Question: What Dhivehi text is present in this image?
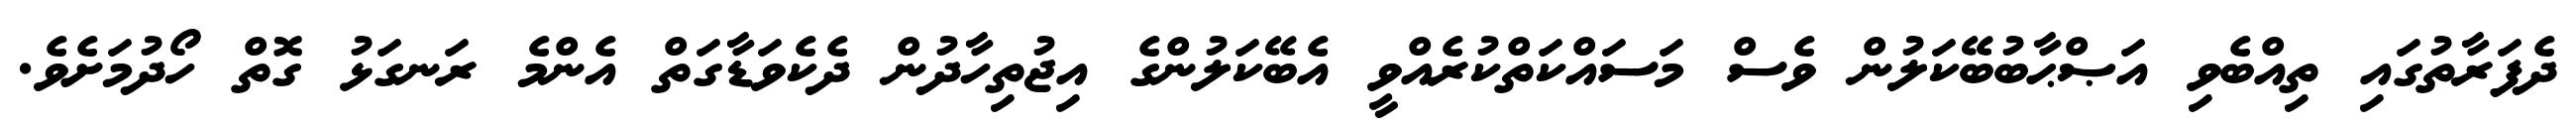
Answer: ދެފަރާތުގައި ތިއްބެވި އަޞްޙާބުބޭކަލުން ވެސް މަސައްކަތްކުރެއްވީ އެބޭކަލުންގެ އިޖުތިހާދުން ދެކެވަޑާގަތް އެންމެ ރަނގަޅު ގޮތް ހޯދުމަށެވެ.